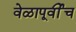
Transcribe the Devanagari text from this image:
वेळापूर्वीच